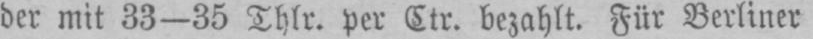
der mit 33-35 Thlr. per Ctr. bezahlt. Für Berliner